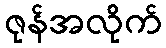
ဇုန်အလိုက်